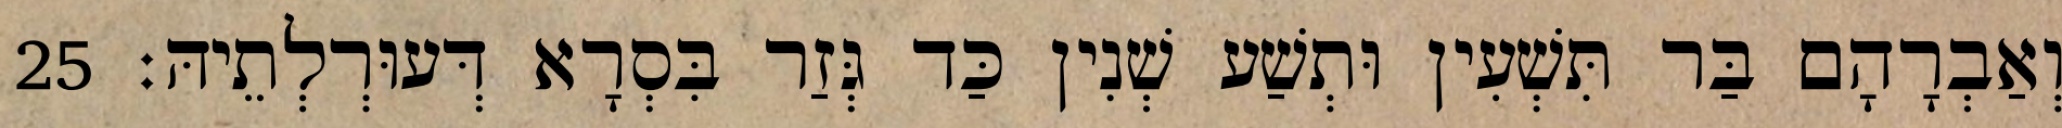
וְאַבְרָהָם בַּר תִּשְׁעִין וּתְשַׁע שְׁנִין כַּד גְּזַר בִּסְרָא דְּעוּרְלְתֵיהּ׃ 25